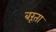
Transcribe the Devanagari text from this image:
बरूता